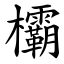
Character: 欛